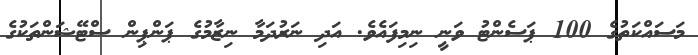
މަސައްކަތުގެ 100 ޕަސެންޓު ވަނީ ނިމިފައެވެ. އަދި ނަރުދަމާ ނިޒާމުގެ ޕަންޕިން ސްޓޭޝަންތަކުގެ